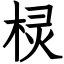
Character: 棂